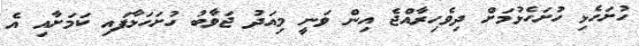
ހުށަހެޅި ހުށަހެޅުމަށް ދިވެހިރާއްޖެ އިން ވަނީ މިއަދު ޖަވާބު ހުށަހަޅާފައި ކަމަށާއި އެ